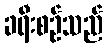
ခရီးစဉ်သည်